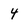
Character: 4